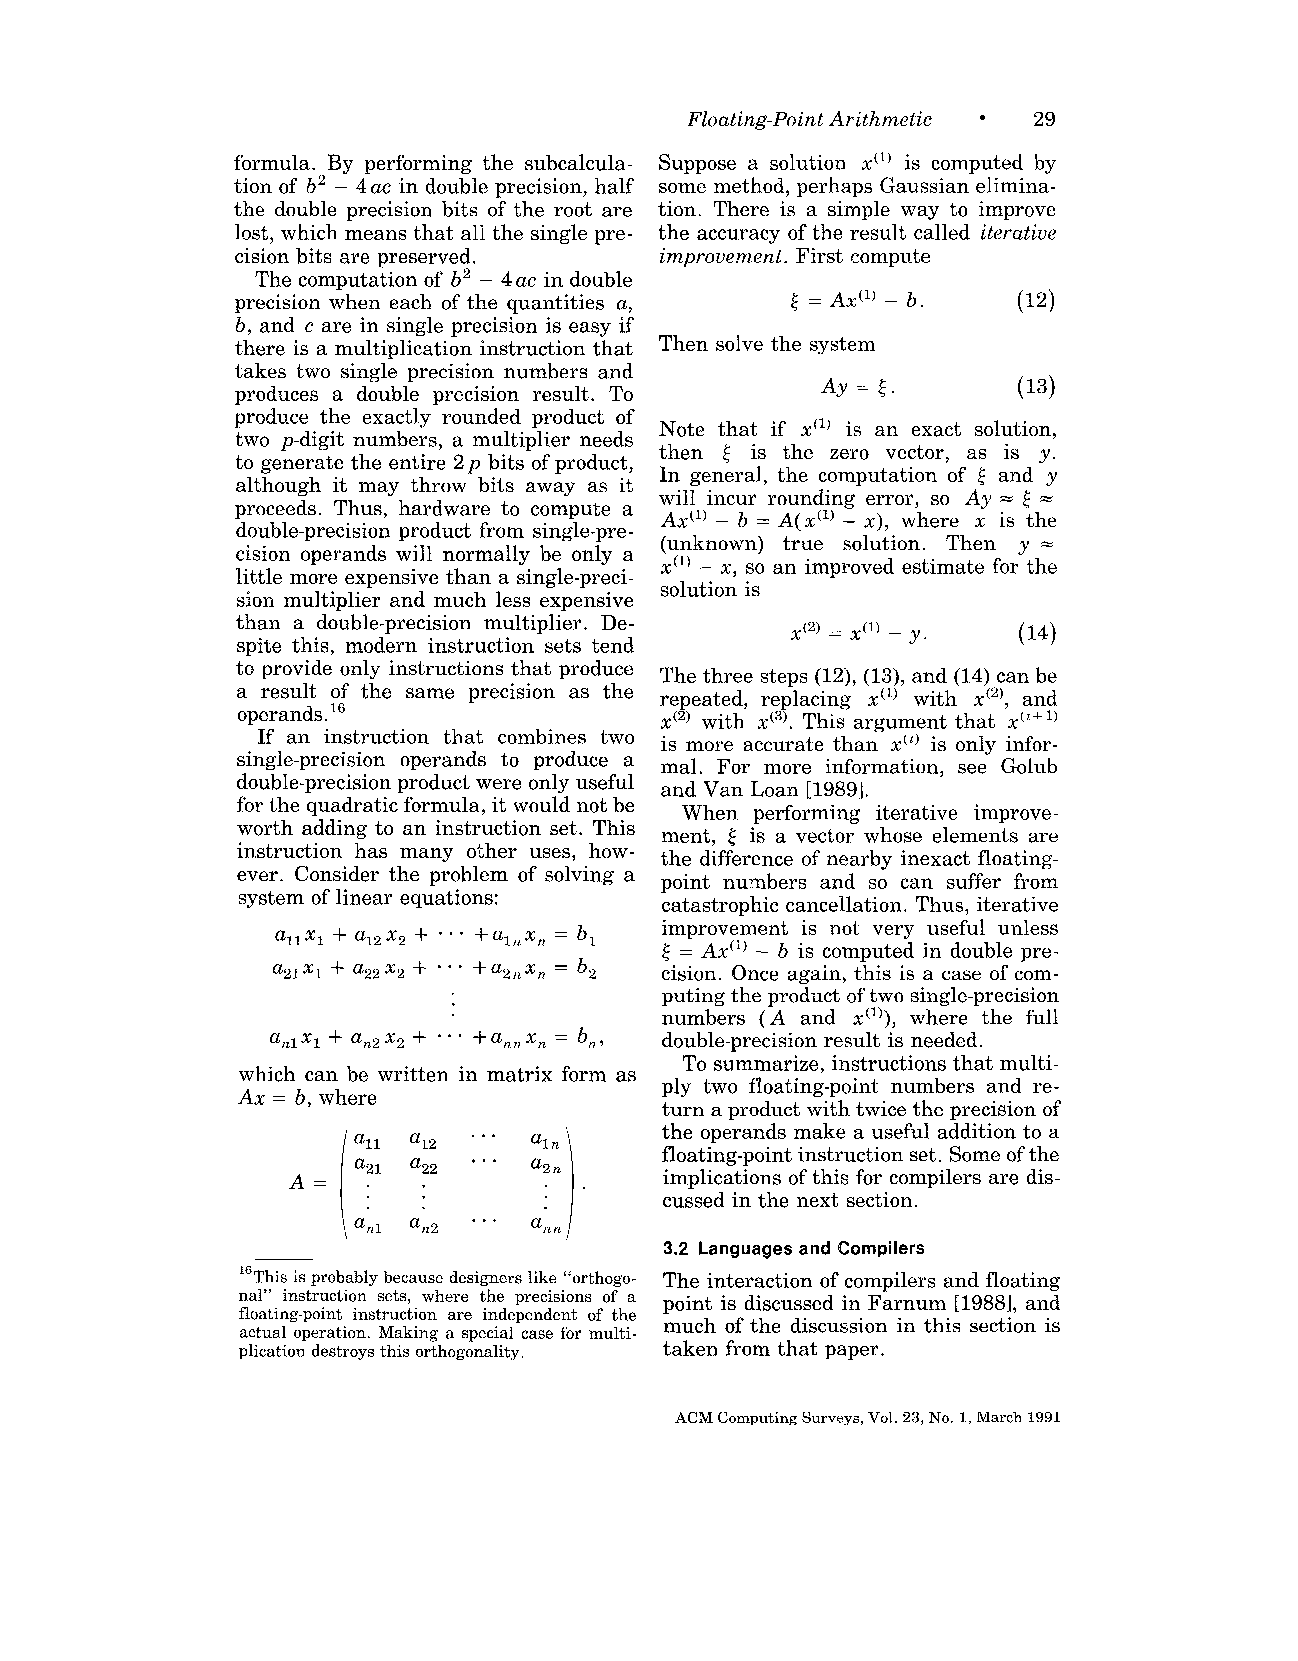
Floating-Point A~ithmetic l 29
 formula. By performing the subcalcula- Suppose a solution x(l) is computed by
 tion of b2 – 4ac in double precision, half some method, perhaps Gaussian elimina-
 the double precision bits of the root are tion. There is a simple way to improve
 lost, which means that all the single pre- the accuracy of the result called iteratiue
 cision bits are preserved.  improvement. First compute
 The computation of b2 – 4ac in double
 precision when each of the quantities a,
 b, and c are in single precision is easy if
 there is a multiplication instruction that Then solve the system
 takes two single precision numbers and
 (13)
 produces a double precision result. To
 produce the exactly rounded product of
 Note that if x(l) is an exact solution,
 two p-digit numbers, a multiplier needs
 then & is the zero vector, as is y.
 to generate the entire 2p bits of product,
 In general, the computation of & and y
 although it may throw bits away as it
 will incur rounding error, so Ay = & =
 proceeds. Thus, hardware to compute a
 Ax(l) – b = A(x(lJ – x), where x is the
 double-precision product from single-pre-
 (unknown) true solution. Then y =
 cision operands will normally be only a
 x(l) – x, so an improved estimate for the
 little more expensive than a single-preci-
 solution is
 sion multiplier and much less expensive
 than a double-precision multiplier. De- X(2) = .Jl) _
 Y.     (14)
 spite this, modern instruction sets tend
 to provide only instructions that produce
 The three steps (12), (13), and (14) can be
 a result of the same precision as the
 repeated, replacing x(l) with X(2), and
 operands. 16                X(2) with X(3).This argument that x(’ +1)
 If an instruction that combines two is more accurate than X(L) is only infor-
 single-precision operands to produce a
 mal. For more information, see Golub
 double-precision product were only useful
 and Van Loan [1989].
 for the quadratic formula, it would not be
 When performing iterative improve-
 worth adding to an instruction set. This
 ment, $ is a vector whose elements are
 instruction has many other uses, how-
 the difference of nearby inexact floating-
 ever. Consider the problem of solving a
 point numbers and so can suffer from
 system of linear equations:
 catastrophic cancellation. Thus, iterative
 improvement is not very useful unless
 ~ = Ax(l) – b is computed in double pre-
 cision. Once again, this is a case of com-
 puting the product of two single-precision
 numbers (A and X(l)), where the full
 double-precision result is needed.
 To summarize, instructions that multi-
 which can be written in matrix form as
 ply two floating-point numbers and re-
 Ax = b, where
 turn a product with twice the precision of
 the operands make a useful addition to a
 floating-point instruction set. Some of the
 implications of this for compilers are dis-
 cussed in the next section.
 3.2 Languages and Compilers
 IsThis is probably because designers like “orthogo- The interaction of compilers and floating
 nal” instruction sets, where the precision of a point is discussed in Farnum [19881, and
 floating-point instruction are independent of the
 much of the discussion in this section is
 actual operation. Making a special case for multi-
 plication destroys this orthogonality, taken from that paper.
 ACM Computing Surveys, Vol. 23,No. 1,March 1991